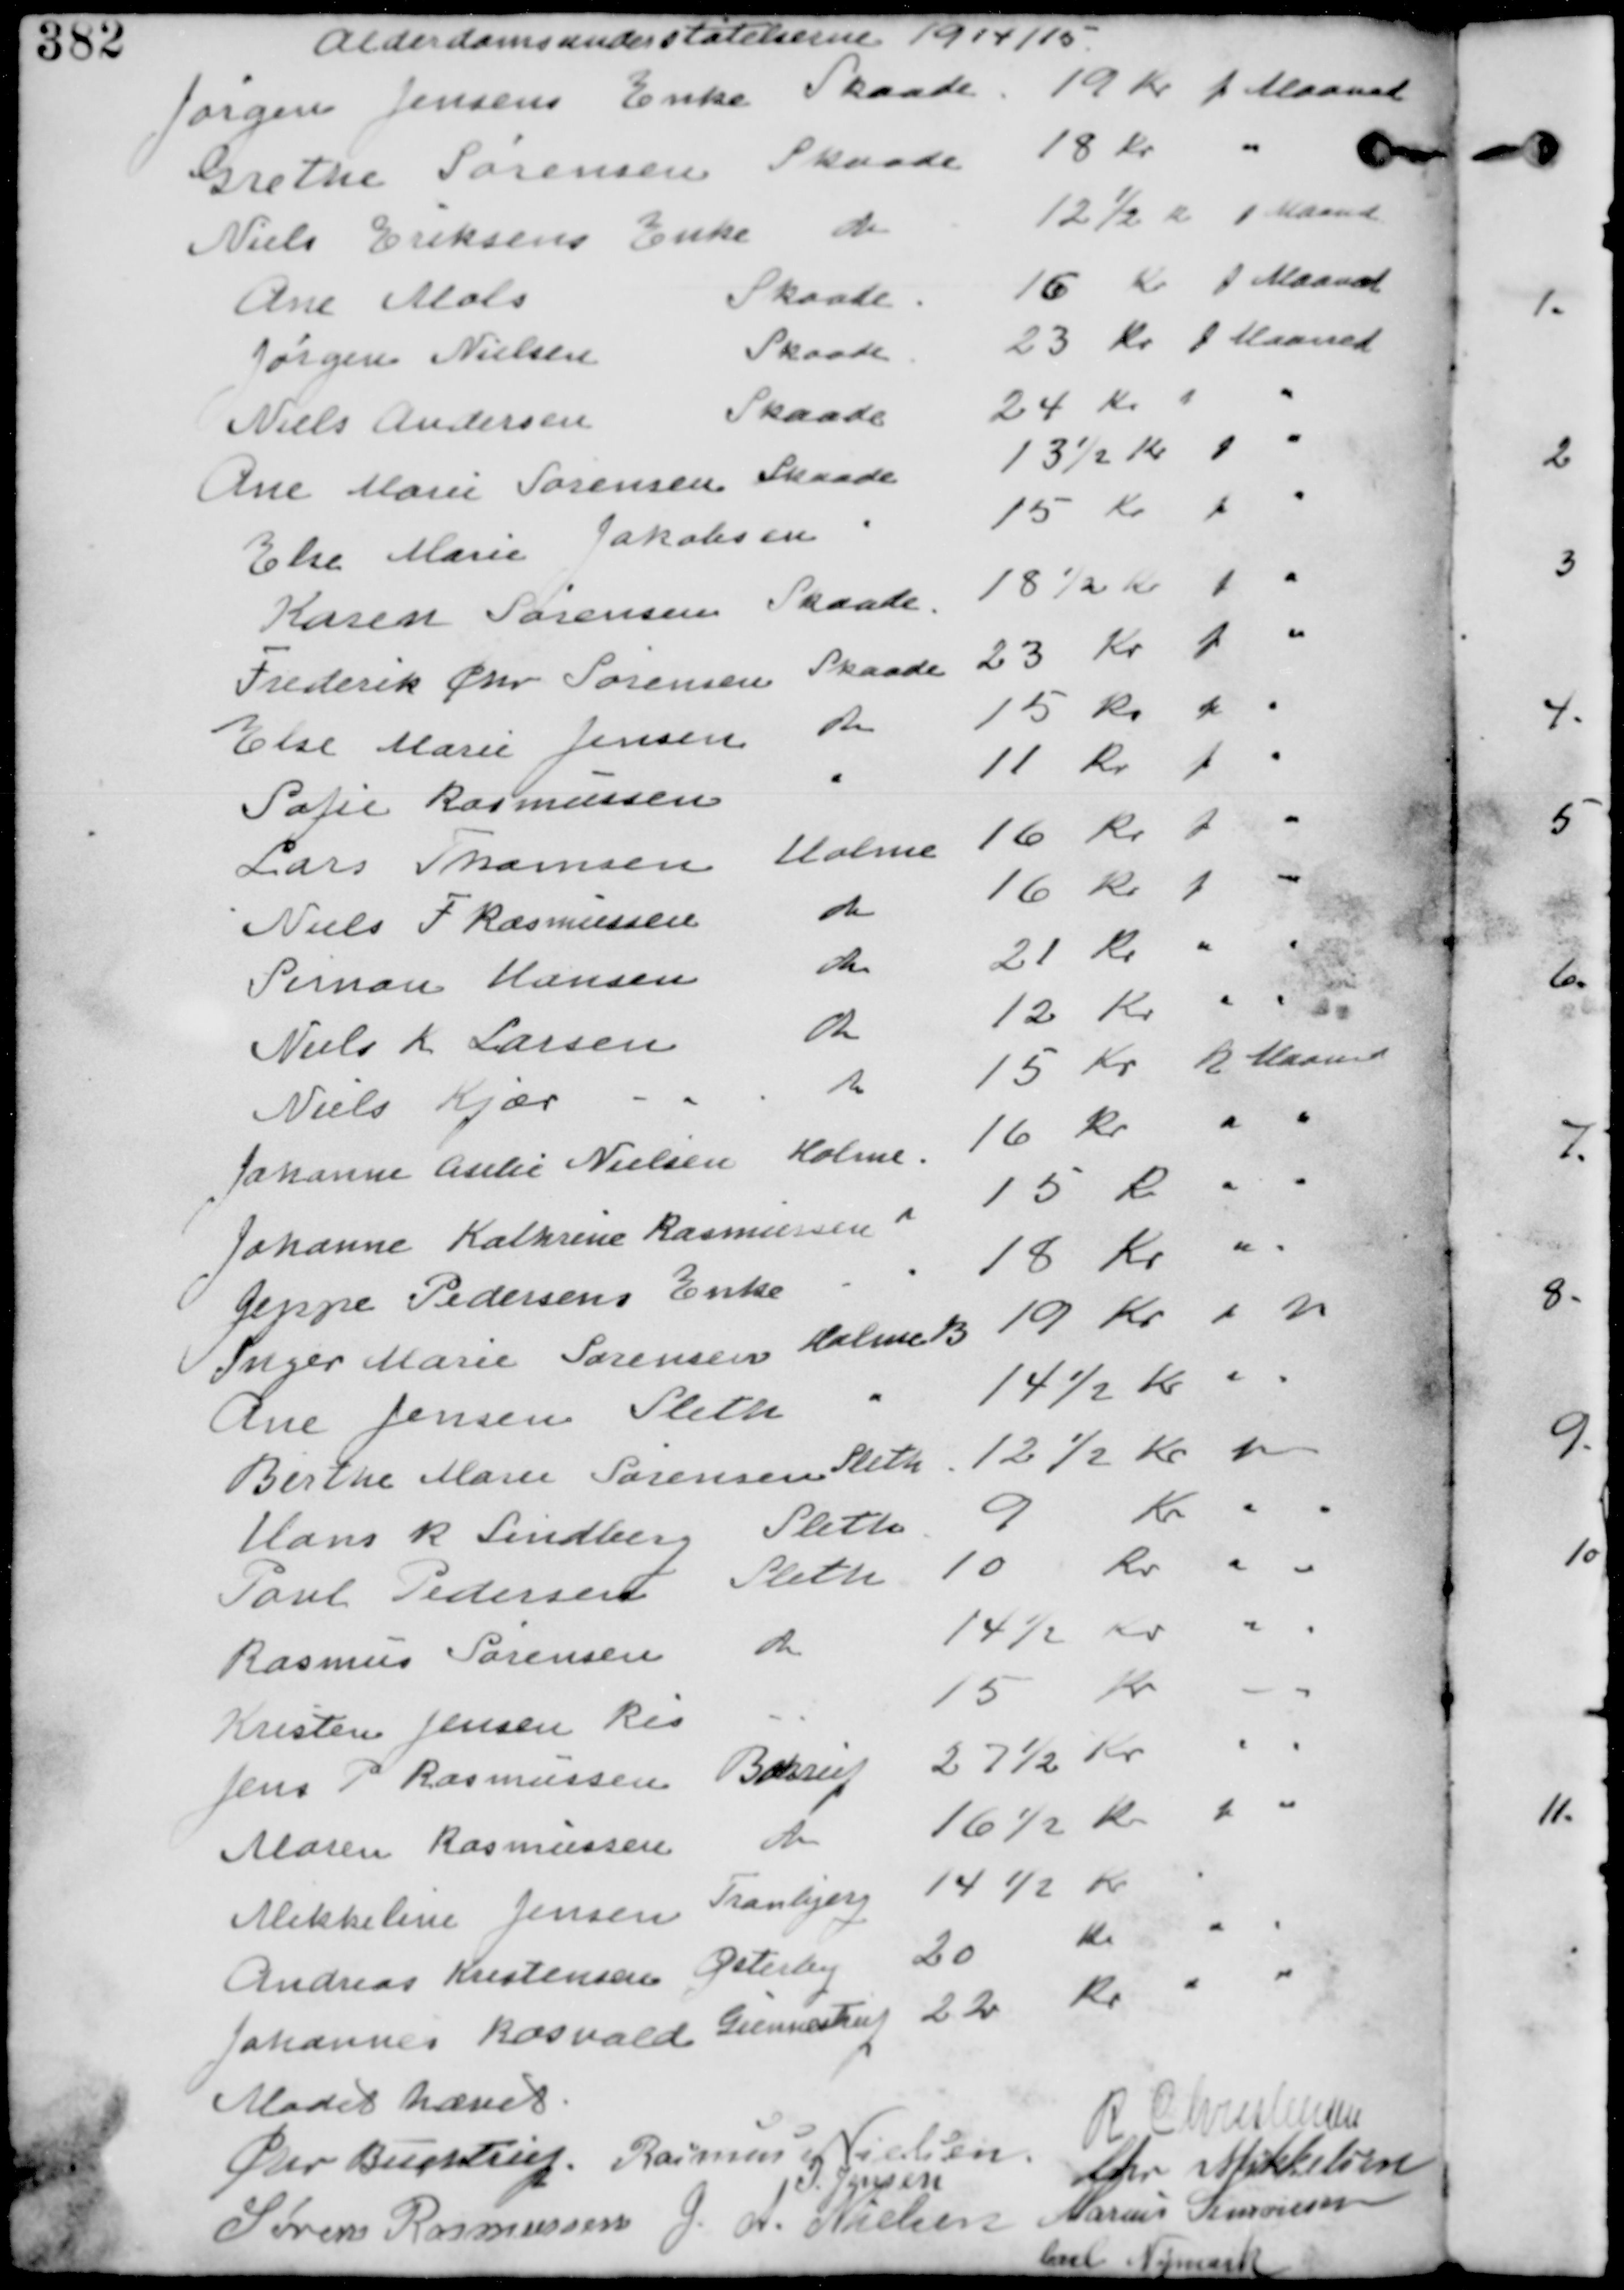
Transskription:
Alderdomsunderstøttelserne 1914/15
Jørgen Jensens Enke Skaade 19 Kr p Maaned
Grethe Sørensen Skaade 18 Kr " 
Niels Eriksens Enke do 12½ Kr p Maaned
Ane Mols Skaade 16 Kr p Maaned
Jørgen Nielsen Skaade 23 Kr p  Maaned
Niels Andersen Skaade 24 Kr p "
Ane Marie Sørensen Skaade 13½ Kr p "
Else Marie Jakobsen " 15 Kr p "
Karen Sørensen Skaade 18½ Kr p "
Frederik Chr Sørensen Skaade 23 Kr p "
Else Marie Jensen do 15 Kr p "
Sofie Rasmussen " 11 Kr p "
Lars Thomsen Holme 16 Kr p "
Niels F Rasmussen do 16 Kr  p "
Simon Hansen do 21 Kr " "
Niels L Larsen do 12 Kr " "
Niels Kjær do 15 Kr p Maaned
Johanne Aselie Nielsen Holme 16 Kr " "
Johanne Kathrine Rasmussen " 15 Kr " "
Jeppe Pedersens Enke " 18 Kr " "
Inge Marie Sørensen Holme 19 Kr " "
Ane Jensen Sleth 14½ Kr " "
Birthe Marie Sørensen Sleth 12½ Kr " "
Hans R Lindberg Sleth 9 Kr " "
Poul Pedersen Sleth 10 Kr " "
Rasmus Sørensen do 14½ Kr " "
Kristen Jensen Ris " 15 Kr " "
Jens P Rasmussen Børup 27½ Kr "  "
Maren Rasmussen do 16½ Kr p  "
Mikkeline Jensen Tranbjerg 14½ Kr  "  "
Andreas Kristensen Østerby 20 Kr  "  "
Johannes Rasvald Gunnestrup 22 Kr  "  "

Mødet hævet
Chr Buchtrup. Rasmus Nielsen.
R Christensen
Chr Mikkelsen
I Jensen
Søren Rasmussen G A Nielsen Marius Simonsen
Carl Nymark